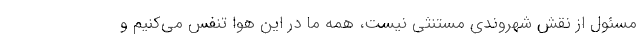
مسئول از نقش شهروندی مستنثی نیست، همه ما در این هوا تنفس می‌کنیم و